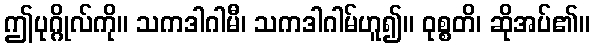
ဤပုဂ္ဂိုလ်ကို။ သကဒါဂါမီ၊ သကဒါဂါမ်ဟူ၍။ ဝုစ္စတိ၊ ဆိုအပ်၏။